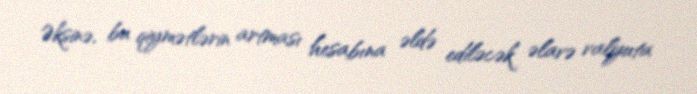
Əksinə, bu qiymətlərin artması hesabına əldə ediləcək əlavə valyuta